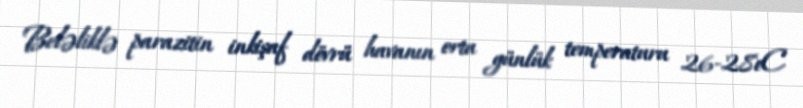
Beləliklə parazitin inkişaf dövrü havanın orta günlük temperaturu 26-28oC